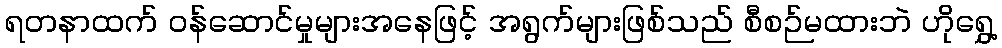
ရတနာထက် ဝန်ဆောင်မှုများအနေဖြင့် အရွက်များဖြစ်သည် စီစဉ်မထားဘဲ ဟိုရွှေ့